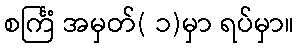
စင်္ကြံ အမှတ်( ၁)မှာ ရပ်မှာ။